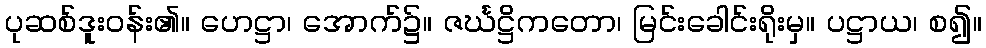
ပုဆစ်ဒူးဝန်း၏။ ဟေဋ္ဌာ၊ အောက်၌။ ဇင်္ဃဋ္ဌိကတော၊ မြင်းခေါင်းရိုးမှ။ ပဋ္ဌာယ၊ စ၍။